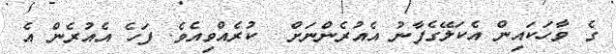
ގެ ވާހަކައިން އެކަލޭގެފާނު އެއުރެންނަށް  ކުރެއްވިއެވެ. ފަހެ އެއުރެން އެ